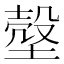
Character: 𰊙